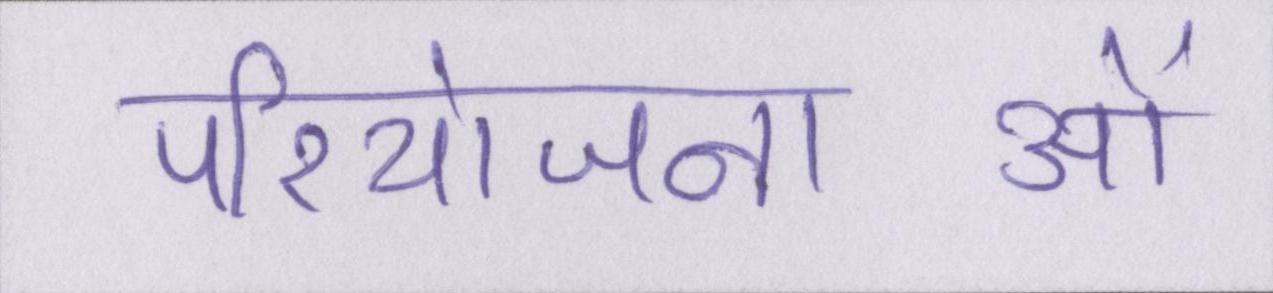
परियोजनाओं